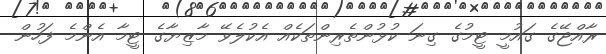
ރާއްޖޭގެ ގައުމީ ޓީމުގެ ގިނަ ކުޅުންތެރިންތަކެއް އެކުލެވޭ މާޒިޔާގެ ޓީމާ އެންމެ ފަހުން